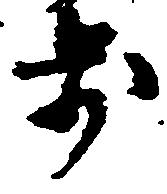
歩